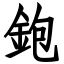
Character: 鉋